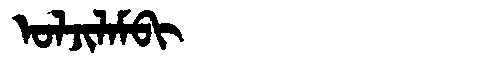
Manchu: ᠣᠯᠵᡳᠯᠠᠮᠪᡳ
Romanization: OLJILAMBI